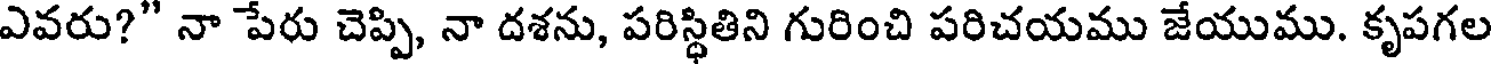
ఎవరు?" నా పేరు చెప్పి, నా దశను, పరిస్థితిని గురించి పరిచయము జేయుము. కృపగల